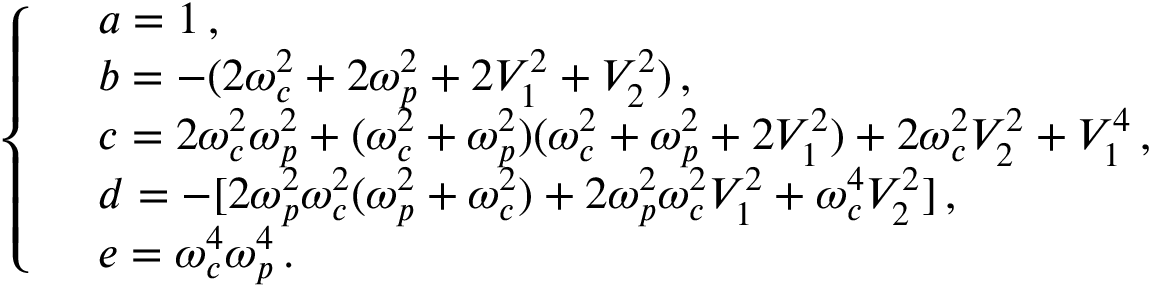
\left\{ \begin{array} { r l } & { a = 1 \, , } \\ & { b = - ( 2 { \omega } _ { c } ^ { 2 } + 2 { \omega } _ { p } ^ { 2 } + 2 V _ { 1 } ^ { 2 } + V _ { 2 } ^ { 2 } ) \, , } \\ & { c = 2 { \omega } _ { c } ^ { 2 } { \omega } _ { p } ^ { 2 } + ( { \omega } _ { c } ^ { 2 } + { \omega } _ { p } ^ { 2 } ) ( { \omega } _ { c } ^ { 2 } + { \omega } _ { p } ^ { 2 } + 2 V _ { 1 } ^ { 2 } ) + 2 { \omega } _ { c } ^ { 2 } V _ { 2 } ^ { 2 } + V _ { 1 } ^ { 4 } \, , } \\ & { d = - [ 2 { \omega } _ { p } ^ { 2 } { \omega } _ { c } ^ { 2 } ( { \omega } _ { p } ^ { 2 } + { \omega } _ { c } ^ { 2 } ) + 2 { \omega } _ { p } ^ { 2 } { \omega } _ { c } ^ { 2 } V _ { 1 } ^ { 2 } + { \omega } _ { c } ^ { 4 } V _ { 2 } ^ { 2 } ] \, , } \\ & { e = { \omega } _ { c } ^ { 4 } { \omega } _ { p } ^ { 4 } \, . } \end{array} \right.